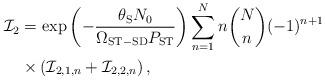
\begin{align*}\mathcal{I}_2 &= \exp\left({- \frac{\theta_{\mathrm{S}} N_0 }{\Omega_{\mathrm{ST-SD}} P_{\mathrm{ST}}}}\right)\sum_{n=1}^N n {N \choose n} (-1)^{n+1} \\& \times \left( \mathcal{I}_{2,1,n} + \mathcal{I}_{2,2,n} \right),\end{align*}